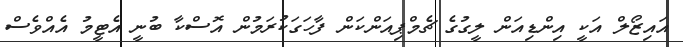
އައިޒޯލް އަކީ އިންޑިއަން ލީގުގެ ޗެމްޕިއަންކަން ފާހަގަކުރަމުން އޮސްކާ ބުނީ އެޓީމު އެއްވެސް